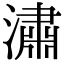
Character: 潚